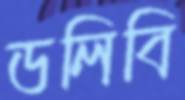
ডলিবি